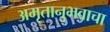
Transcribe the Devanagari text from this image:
अमृतानुभवाचा